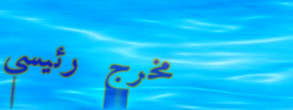
مخرج رئيسي